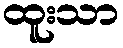
ထူးသာ